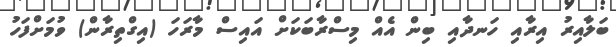
ބަލާއިރު އިރާއި ހަނދާއި ބިން އެއް މިސްރާބަކަށް އައިސް މާރަހަ (އިގްތިރާން) ވުމަށްފަހު